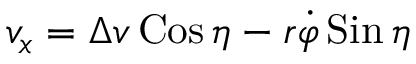
\begin{array} { r } { v _ { x } = \Delta v \operatorname { C o s } \eta - r \dot { \varphi } \operatorname { S i n } \eta } \end{array}